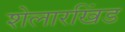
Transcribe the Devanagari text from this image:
शेलारखिंड